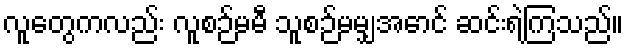
လူတွေကလည်း လူစဉ်မမီ သူစဉ်မမျှအောင် ဆင်းရဲကြသည်။